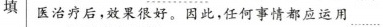
填 医治疗后，效果很好。因此，任何事情都应运用﹍﹍